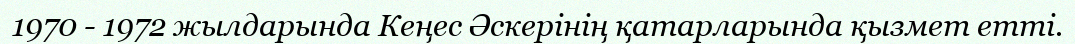
1970 - 1972 жылдарында Кеңес Әскерінің қатарларында қызмет етті.